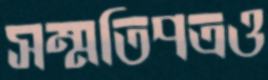
সম্মতিপত্রও